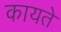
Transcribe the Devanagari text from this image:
कायते